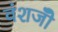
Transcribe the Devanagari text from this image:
वंशजोँ